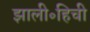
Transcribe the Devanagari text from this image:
झाली॰हिची